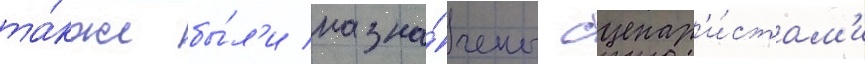
та́кже бы́л'и назна́чены сценар'и́стам'и